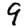
Digit: 9